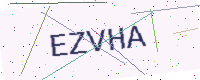
Text: EZVHA